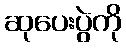
ဆုပေးပွဲကို